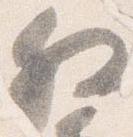
叙